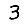
Digit: 3